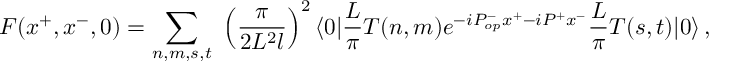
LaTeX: F ( x ^ { + } , x ^ { - } , 0 ) = \sum _ { n , m , s , t } \, \, \left( \frac { \pi } { 2 L ^ { 2 } l } \right) ^ { 2 } \langle 0 | \frac { L } { \pi } T ( n , m ) e ^ { - i P _ { o p } ^ { - } x ^ { + } - i P ^ { + } x ^ { - } } \frac { L } { \pi } T ( s , t ) | 0 \rangle \, ,